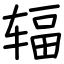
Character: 辐